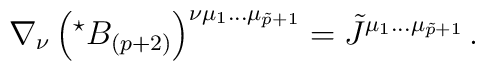
\nabla_{\nu}\left({}^{\star}B_{(p+2)}\right)^{\nu\mu_{1}\ldots\mu_{\tilde{p}+1}} =\tilde{J}^{\mu_{1}\ldots\mu_{\tilde{p}+1}}\, .